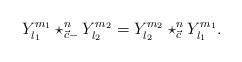
LaTeX: \begin{align*}Y_{l_{1}}^{m_{1}}\star_{\vec{c}-}^{n}Y_{l_{2}}^{m_{2}}=Y_{l_{2}}^{m_{2}}\star_{\vec{c}}^{n}Y_{l_{1}}^{m_{1}}. \end{align*}